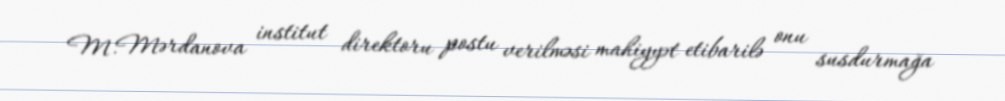
M.Mərdanova institut direktoru postu verilməsi mahiyyət etibarilə onu susdurmağa